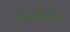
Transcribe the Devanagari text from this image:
निंदाकरतात